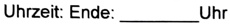
Text: Uhrzeit: Ende: ___Uhr